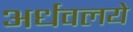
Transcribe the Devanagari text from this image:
अर्धवलये